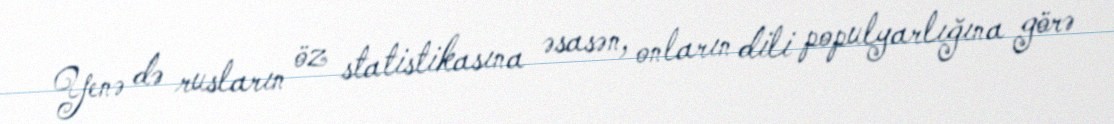
Yenə də rusların öz statistikasına əsasən, onların dili populyarlığına görə